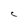
Character: C